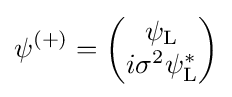
\psi ^{(+)}={\begin{pmatrix}\psi _{\text{L}}\\i\sigma ^{2}\psi _{\text{L}}^{*}\end{pmatrix}}